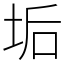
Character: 垢